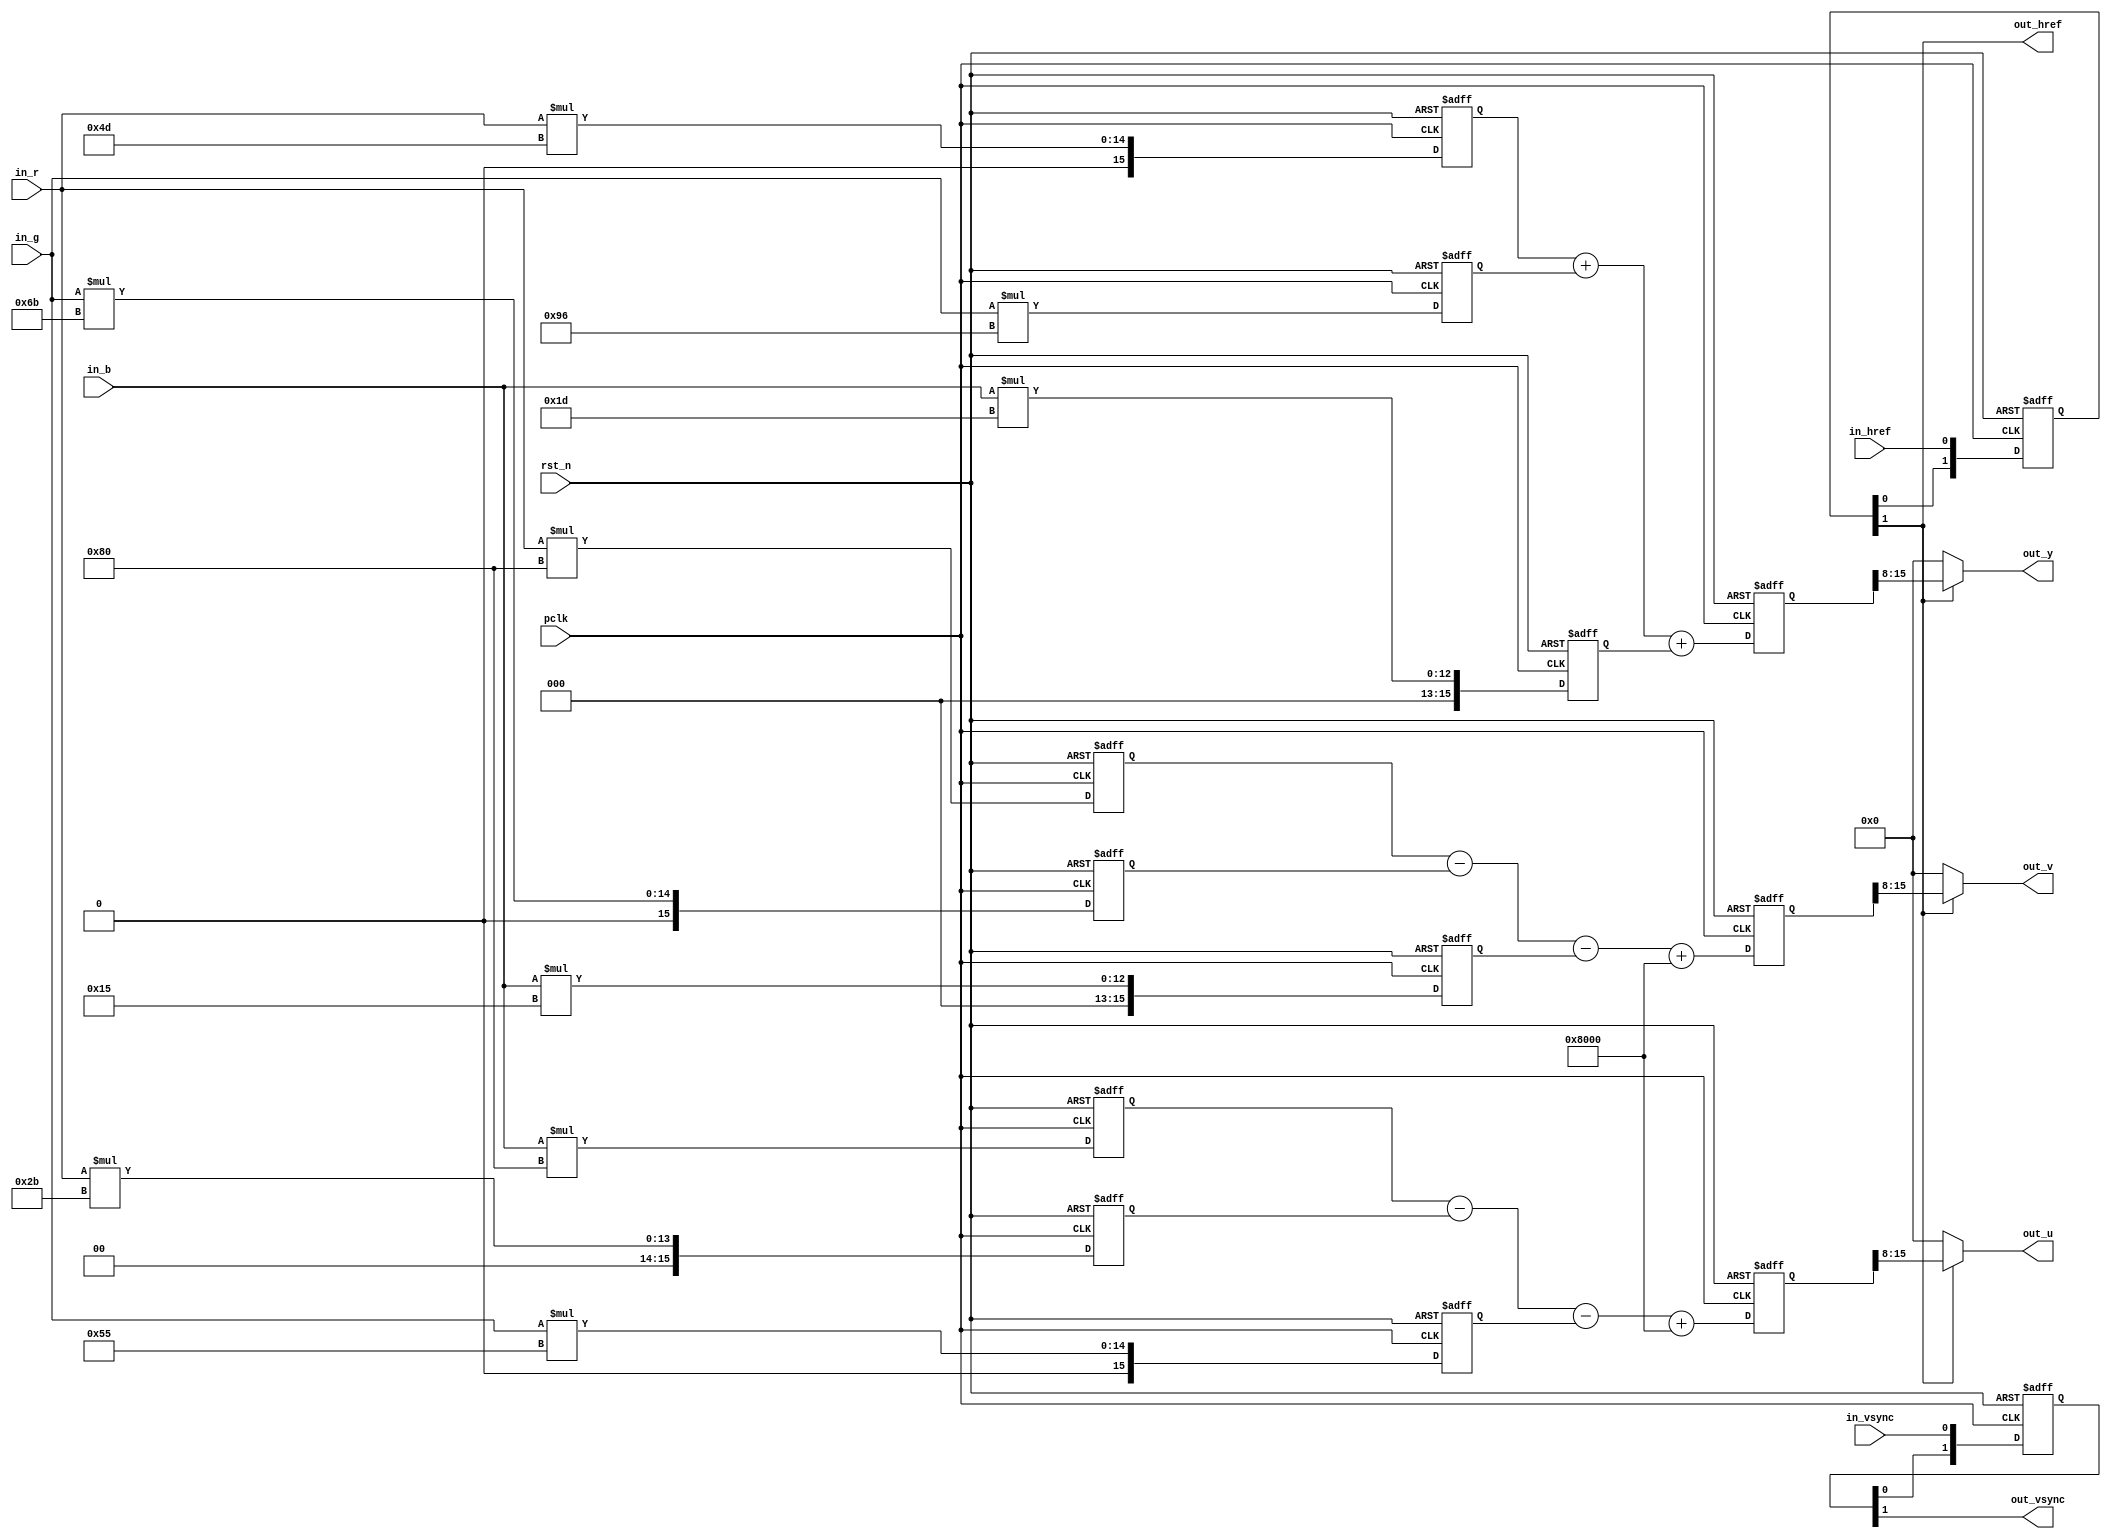
/*************************************************************************
    > File Name: isp_csc.v
    > Author: bxq
    > Mail: 544177215@qq.com
    > Created Time: Thu 21 Jan 2021 21:50:04 GMT
 ************************************************************************/

/*
 * ISP - Color Space Conversion (RGB2YUV)
 */

module isp_csc
#(
	parameter BITS = 8,
	parameter WIDTH = 1280,
	parameter HEIGHT = 960
)
(
	input pclk,
	input rst_n,

	input in_href,
	input in_vsync,
	input [BITS-1:0] in_r,
	input [BITS-1:0] in_g,
	input [BITS-1:0] in_b,

	output out_href,
	output out_vsync,
	output [BITS-1:0] out_y,
	output [BITS-1:0] out_u,
	output [BITS-1:0] out_v
);

	//Y = (77  * R + 150 * G + 29  * B) >> 8
	//U = (-43 * R - 85  * G + 128 * B + 32768) >> 8
	//V = (128 * R - 107 * G - 21  * B + 32768) >> 8

	reg [BITS-1+8:0] y_r, y_g, y_b;
	reg [BITS-1+8:0] u_r, u_g, u_b;
	reg [BITS-1+8:0] v_r, v_g, v_b;
	always @ (posedge pclk or negedge rst_n) begin
		if (!rst_n) begin
			y_r <= 0;
			y_g <= 0;
			y_b <= 0;
			u_r <= 0;
			u_g <= 0;
			u_b <= 0;
			v_r <= 0;
			v_g <= 0;
			v_b <= 0;
		end
		else begin
			y_r <= in_r * 8'd77;
			y_g <= in_g * 8'd150;
			y_b <= in_b * 8'd29;
			u_r <= in_r * 8'd43;
			u_g <= in_g * 8'd85;
			u_b <= in_b * 8'd128;
			v_r <= in_r * 8'd128;
			v_g <= in_g * 8'd107;
			v_b <= in_b * 8'd21;
		end
	end

	reg [BITS-1+8:0] data_y;
	reg [BITS-1+8:0] data_u;
	reg [BITS-1+8:0] data_v;
	always @ (posedge pclk or negedge rst_n) begin
		if (!rst_n) begin
			data_y <= 0;
			data_u <= 0;
			data_v <= 0;
		end
		else begin
			data_y <= y_r + y_g + y_b;
			data_u <= u_b - u_r - u_g + (1'b1 << (BITS-1+8)); //compatible 10bit RGB
			data_v <= v_r - v_g - v_b + (1'b1 << (BITS-1+8));
		end
	end

	localparam DLY_CLK = 2;
	reg [DLY_CLK-1:0] href_dly;
	reg [DLY_CLK-1:0] vsync_dly;
	always @ (posedge pclk or negedge rst_n) begin
		if (!rst_n) begin
			href_dly <= 0;
			vsync_dly <= 0;
		end
		else begin
			href_dly <= {href_dly[DLY_CLK-2:0], in_href};
			vsync_dly <= {vsync_dly[DLY_CLK-2:0], in_vsync};
		end
	end

	assign out_href = href_dly[DLY_CLK-1];
	assign out_vsync = vsync_dly[DLY_CLK-1];
	assign out_y = out_href ? data_y[BITS-1+8:8] : {BITS{1'b0}};
	assign out_u = out_href ? data_u[BITS-1+8:8] : {BITS{1'b0}};
	assign out_v = out_href ? data_v[BITS-1+8:8] : {BITS{1'b0}};
endmodule